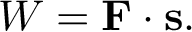
W = \mathbf { F } \cdot \mathbf { s } .